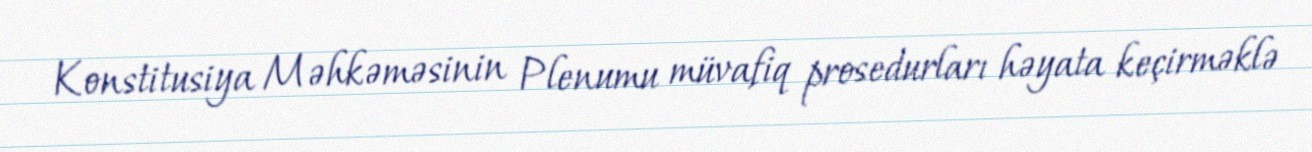
Konstitusiya Məhkəməsinin Plenumu müvafiq prosedurları həyata keçirməklə